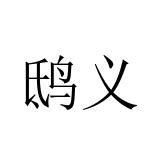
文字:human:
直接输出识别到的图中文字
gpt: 鸱义